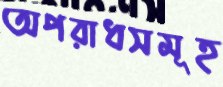
অপরাধসমূহ